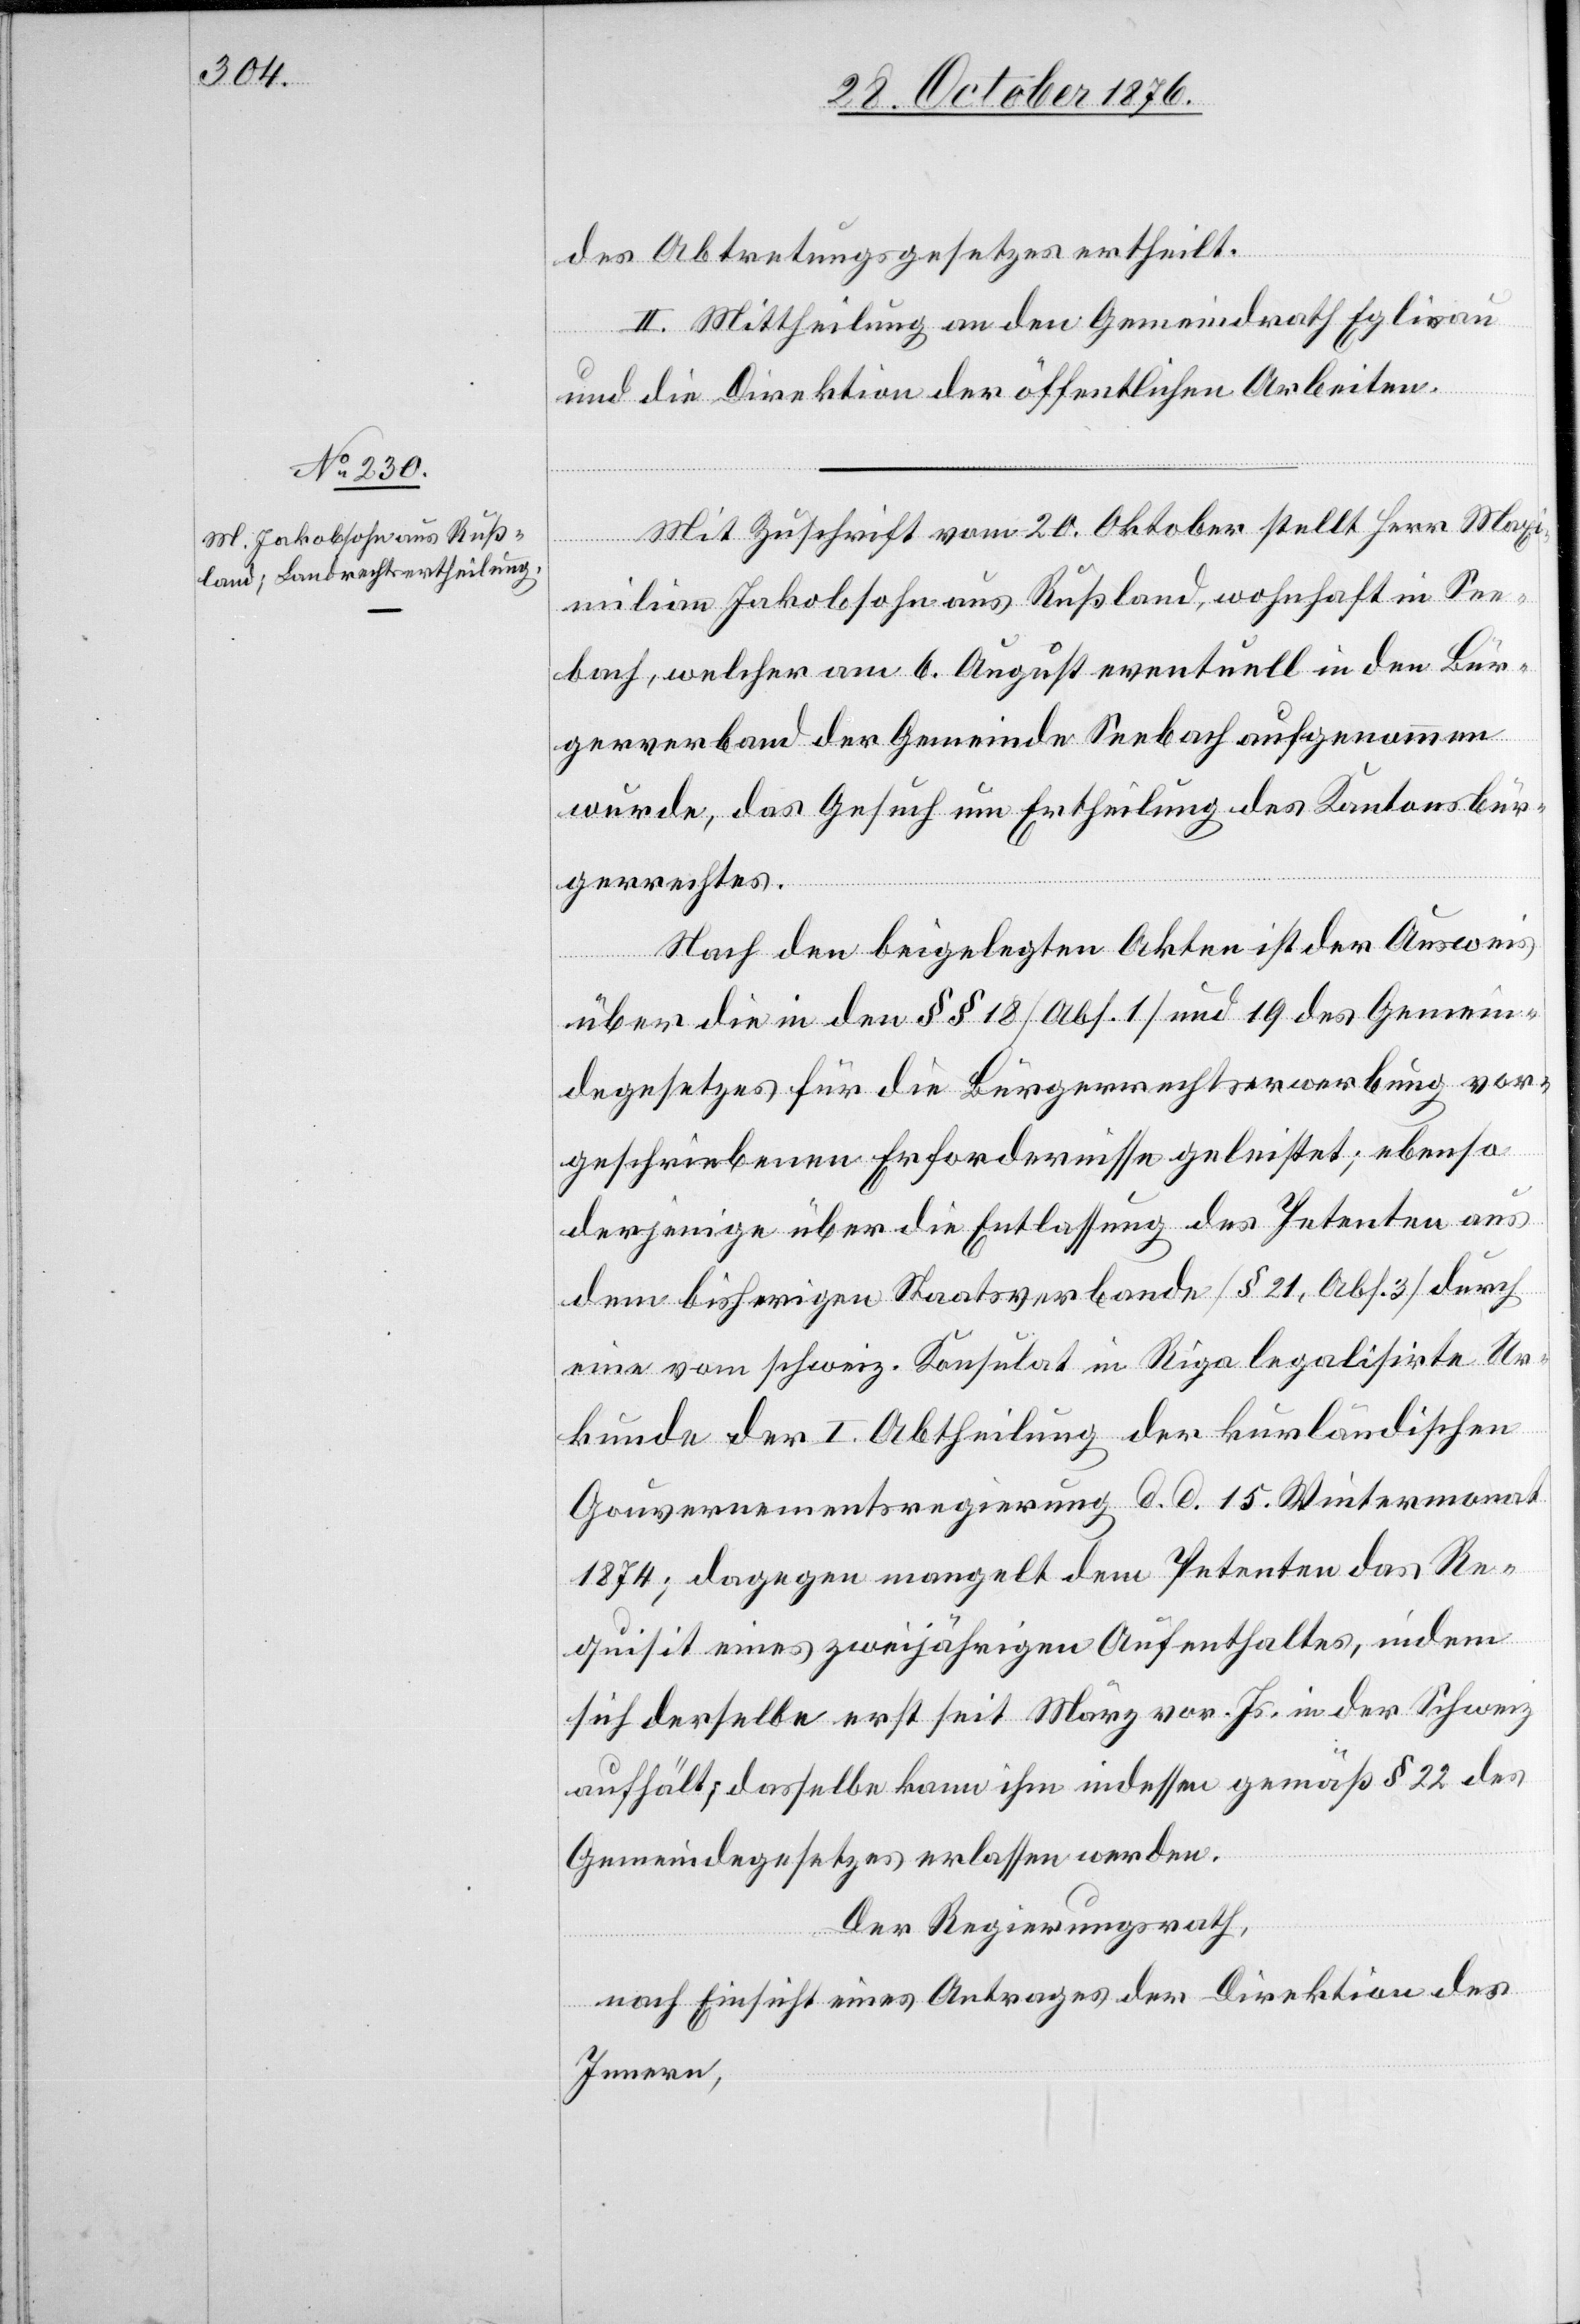
des Abtretungsgesetzes ertheilt.
II. Mittheilung an den Gemeindrath Eglisau
und die Direktion der öffentlichen Arbeiten.
Mit Zuschrift vom 20. Oktober stellt Herr Maxi¬
milian Jakobsohn aus Rußland, wohnhaft in See¬
bach, welcher am 6. August eventuell in den Bür¬
gerverband der Gemeinde Seebach aufgenommen
wurde, das Gesuch um Ertheilung des Kantonsbür¬
gerrechtes.
Nach den beigelegten Akten ist der Ausweis
über die in den §§ 18 [Abs. 1 und 19] des Gemein¬
degesetzes für die Bürgerrechtserwerbung vor¬
geschriebenen Erfordernisse geleistet; ebenso
derjenige über die Entlassung des Petenten aus
dem bisherigen Staatsverbande [§ 21, Abs. 3] durch
eine vom schweiz. Konsulat in Riga legalisirte Ur¬
kunde der I. Abtheilung der kurländischen
Gouvernementsregierung d. d. 15. Wintermonat
1874; dagegen mangelt dem Petenten das Re¬
quisit eines zweijährigen Aufenthaltes, indem
sich derselbe erst seit März vor. Js. in der Schweiz
aufhält; dasselbe kann ihm indessen gemäß § 22 des
Gemeindegesetzes erlassen werden.
Der Regierungsrath,
nach Einsicht eines Antrages der Direktion des
Innern,